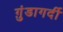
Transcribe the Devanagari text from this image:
ग़ुंडागर्दी